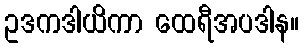
ဥဒကဒါယိကာ ထေရီအပဒါန။